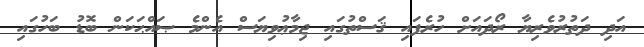
އަދި ދަތުރުވެރިޔާ ރޯދައަށް ހުރެފައި ޤަސްތުގައި ޖިމާޢުވިޔަސް އެންމެ ޞައްޙަކަން ބޮޑު ބަހުގައި